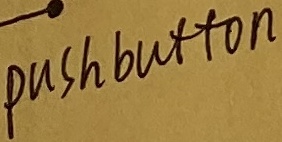
Text: pushbutton